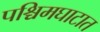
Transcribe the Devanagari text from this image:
पश्चिमघाटात